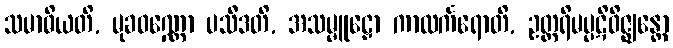
သမာဓိယတိ, မုခဝဏ္ဏော ပသီဒတိ, အသမ္မူဠှော ကာလင်္ကရောတိ, ဥတ္တရိမပ္ပဋိဝိဇ္ဈန္တော